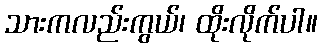
သားကလည်းကွယ်၊ ထိုးလိုက်ပါ။